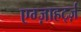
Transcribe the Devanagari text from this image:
एग्ज़ाहर्ट्ज़